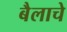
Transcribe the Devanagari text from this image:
बैलाचे